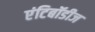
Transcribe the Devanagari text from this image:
एंटिबॉडीज